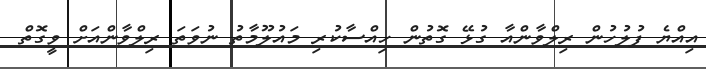
އިއްޔެ ފުލުހުން ރިލްވާންއާ ގުޅޭ ގޮތުން ހިއްސާކުރި މައުލޫމާތު ނުވަތަ ރިލްވާންއަށް ވީގޮތް